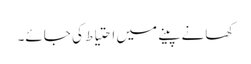
کھانے پینے میں احتیاط کی جائے۔